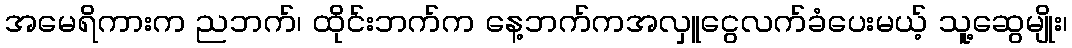
အမေရိကားက ညဘက်၊ ထိုင်းဘက်က နေ့ဘက်ကအလှူငွေလက်ခံပေးမယ့် သူ့ဆွေမျိုး၊